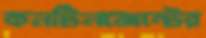
কনটিনজেন্টের